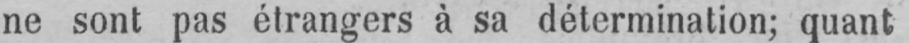
ne sont pas étrangers à sa détermination; quant